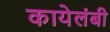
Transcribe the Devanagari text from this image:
कायेलंबी